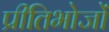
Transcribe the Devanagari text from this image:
प्रीतिभोजों